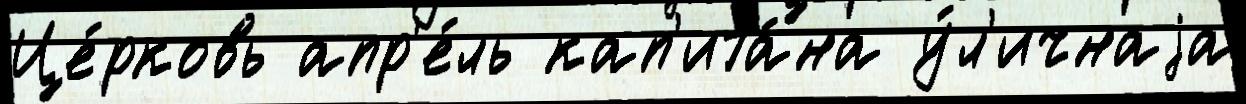
Це́рковь апр'е́ль кап'ита́на у́л'ичнаjа